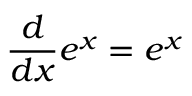
{ \frac { d } { d x } } e ^ { x } = e ^ { x }